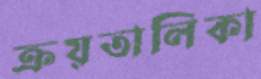
ক্রয়তালিকা